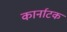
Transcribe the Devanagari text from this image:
कार्नाटक